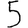
Digit: 5